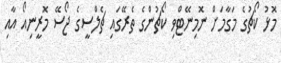
މޮޅު ކޯޗުގެ މަގާމަށް ނޮމިނޭޓްވި ކޯޗުންގެ ތެރޭގައި ޗެލްސީގެ ޖޯސޭ މޮރީނިއޯ އާއި